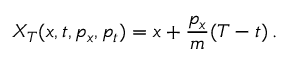
X _ { T } ( x , t , p _ { x } , p _ { t } ) = x + \frac { p _ { x } } { m } ( T - t ) \, .